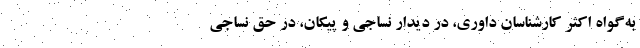
به‌گواه اکثر کارشناسان داوری، در دیدار نساجی و پیکان، در حق نساجی